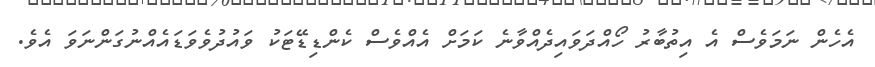
އެހެން ނަމަވެސް އެ އިތުބާރު ހޯއްދަވައިދެއްވާނެ ކަމަށް އެއްވެސް ކެންޑިޑޭޓަކު ވައުދުވެވަޑައެއްނުގަންނަވަ އެވެ.